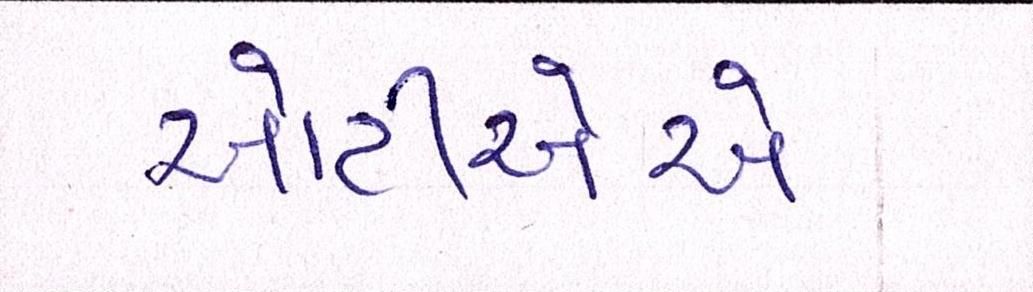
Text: ઓટીએએ